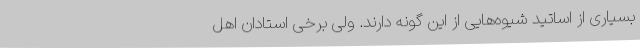
بسیاری از اساتید شیوه‌هایی از این‌ گونه دارند. ولی برخی استادان اهل